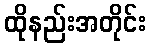
ထိုနည်းအတိုင်း